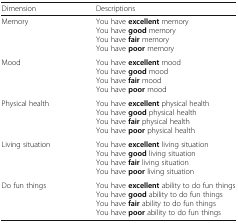
<table><thead><tr><td><b>Dimension</b></td><td><b>Descriptions</b></td></tr></thead><tbody><tr><td>Memory</td><td>You have <b>excellent</b> memoryYou have <b>good</b> memoryYou have <b>fair</b> memoryYou have <b>poor</b> memory</td></tr><tr><td>Mood</td><td>You have <b>excellent</b> moodYou have <b>good</b> moodYou have <b>fair</b> moodYou have <b>poor</b> mood</td></tr><tr><td>Physical health</td><td>You have <b>excellent</b> physical healthYou have <b>good</b> physical healthYou have <b>fair</b> physical healthYou have <b>poor</b> physical health</td></tr><tr><td>Living situation</td><td>You have <b>excellent</b> living situationYou have <b>good</b> living situationYou have <b>fair</b> living situationYou have <b>poor</b> living situation</td></tr><tr><td>Do fun things</td><td>You have <b>excellent</b> ability to do fun thingsYou have <b>good</b> ability to do fun thingsYou have <b>fair</b> ability to do fun thingsYou have <b>poor</b> ability to do fun things</td></tr></tbody></table>